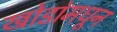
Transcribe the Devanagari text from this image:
खोडांमधून